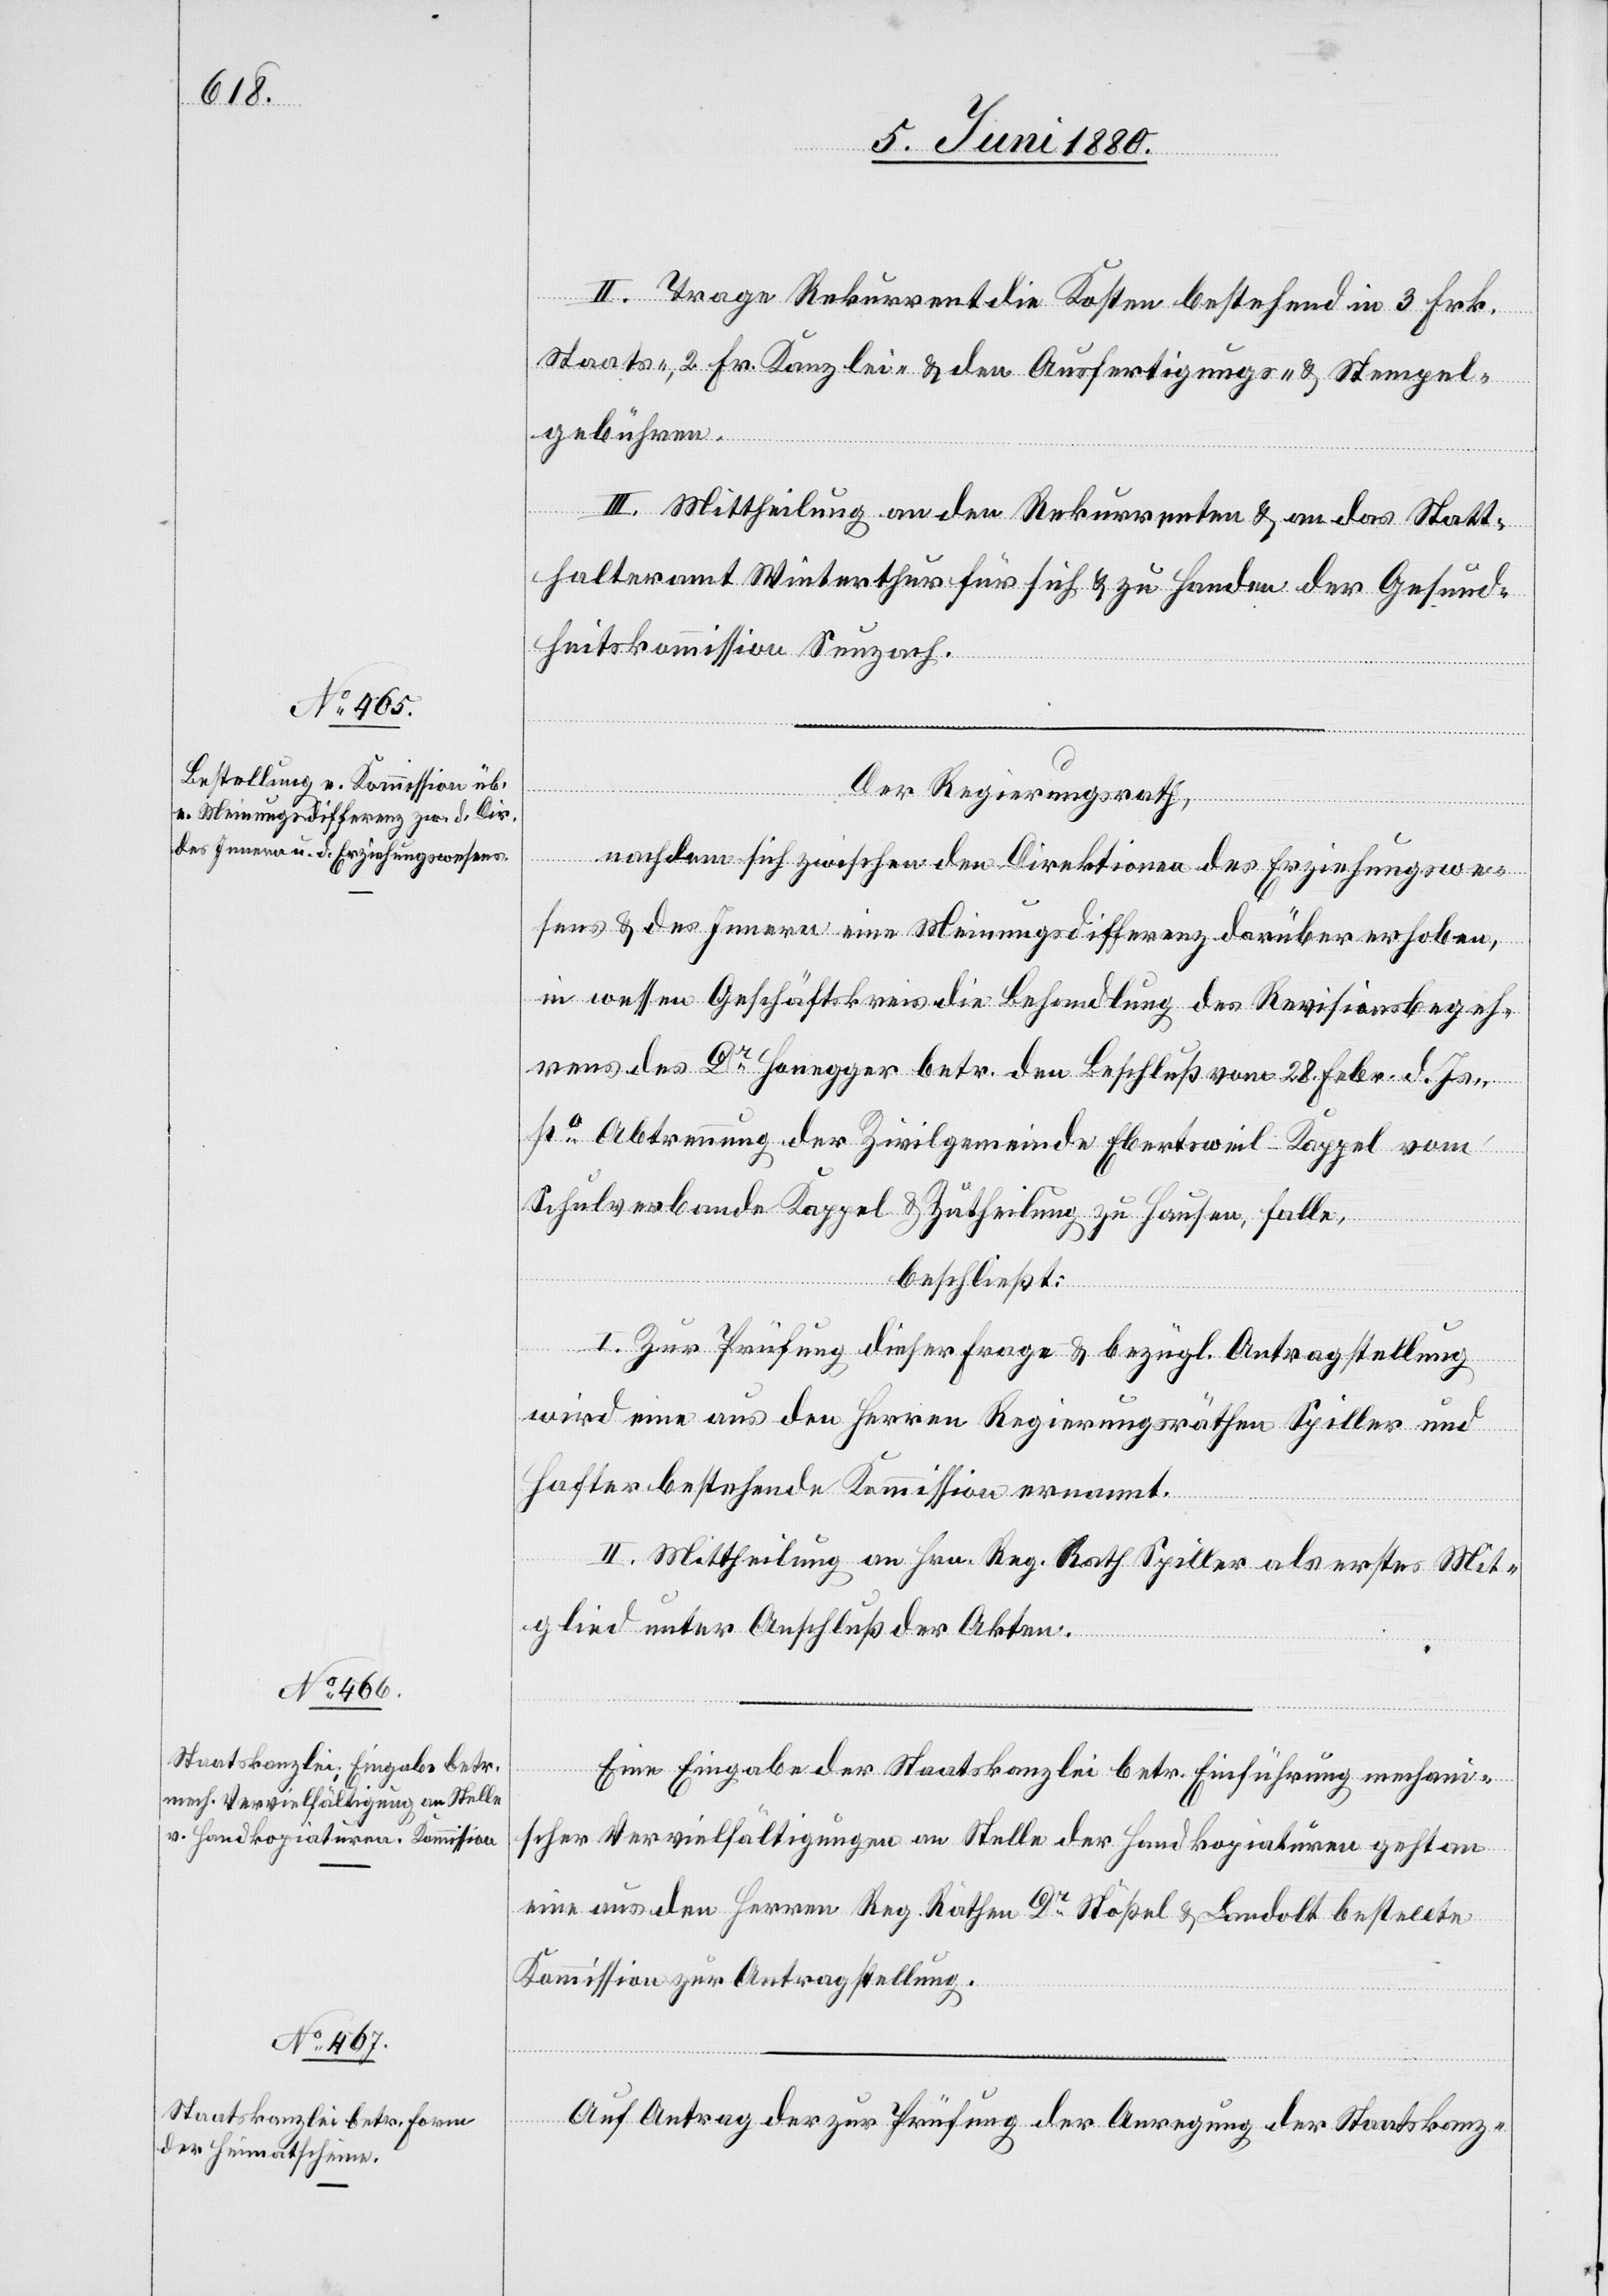
II. Trage Rekurrent die Kosten bestehend in 3 Frk.
Staats-, 2 Fr. Kanzlei & den Ausfertigungs- & Stempel¬
gebühren.
III. Mittheilung an den Rekurrenten & an das Statt¬
halteramt Winterthur für sich & zu Handen der Gesund¬
heitskommission Seuzach.
Der Regierungsrath,
nachdem sich zwischen den Direktionen des Erziehungswe¬
sens & des Innern eine Meinungsdifferenz darüber erhoben,
in wessen Geschäftskreis die Behandlung des Revisionsbegeh¬
rens des Dr Honegger betr. den Beschluß vom 28. Febr. d. Js.,
po Abtrennung der Zivilgemeinde Ebertsweil-Kappel vom
Schulverbande Kappel & Zutheilung zu Hausen, falle,
beschließt:
I. Zur Prüfung dieser Frage & bezügl. Antragstellung
wird eine aus den Herren Regierungsräthen Spiller und
Hafter bestehende Kommission ernannt.
II. Mittheilung an Hrn. Reg. Rath Spiller als erstes Mit¬
glied unter Anschluß der Akten.
Eine Eingabe der Staatskanzlei betr. Einführung mechani¬
scher Vervielfältigung an Stelle der Handkopiaturen geht an
eine aus den Herren Reg. Räthen Dr Stößel & Landolt bestellte
Kommission zur Antragstellung.
Auf Antrag der zur Prüfung der Anregung der Staatskanz-